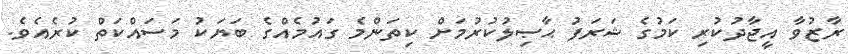
ރާޒުވާ އީޖާދުކުރި ކަމުގެ ޝަރަފު ޙާޞިލުކުރުމަށް ކިތަންމެ ގައުމެއްގެ ބަޔަކު މަސައްކަތް ކުރެއެވެ.